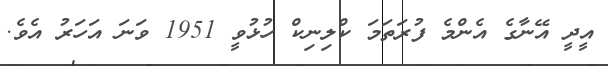
އީދީ އޭނާގެ އެންމެ ފުރަތަމަ ކްލިނިކް ހުޅުވީ 1951 ވަނަ އަހަރު އެވެ.